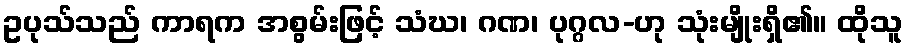
ဥပုသ်သည် ကာရက အစွမ်းဖြင့် သံဃ၊ ဂဏ၊ ပုဂ္ဂလ-ဟု သုံးမျိုးရှိ၏။ ထိုသူ